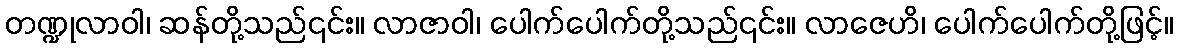
တဏ္ဍုလာဝါ၊ ဆန်တို့သည်၎င်း။ လာဇာဝါ၊ ပေါက်ပေါက်တို့သည်၎င်း။ လာဇေဟိ၊ ပေါက်ပေါက်တို့ဖြင့်။